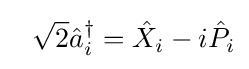
~~{\sqrt {2}}{\hat {a}}_{i}^{\dagger }={\hat {X}}_{i}-i{\hat {P}}_{i}